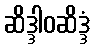
ဆိဒ္ဒါဝဆိဒ္ဒံ